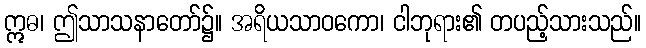
ဣဓ၊ ဤသာသနာတော်၌။ အရိယသာဝကော၊ ငါဘုရား၏ တပည့်သားသည်။